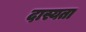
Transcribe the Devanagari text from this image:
दास्यता